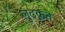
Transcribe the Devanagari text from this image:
लुढकते